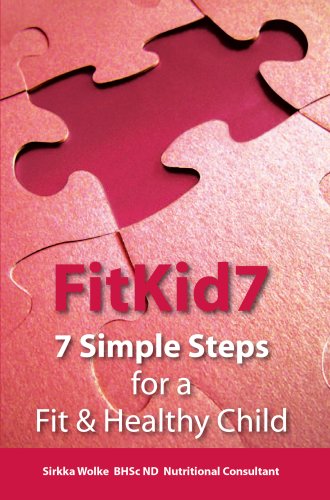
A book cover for FitKid7- 7 Simple Steps for a Fit & Healthy Child!; Sirkka Wolke; Health, Fitness & Dieting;